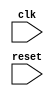
module APB_Controller(
    input wire clk,
    input wire reset,
    // add other input and output ports as needed
    // add internal signals and registers as needed
    
    // module for generating clock signals
    // module for controlling data transfer
    // module for managing timing of read and write operations
    // module for arbitration and prioritization of bus requests
    // other modules as needed
);

// Implementation of the controller modules

endmodule